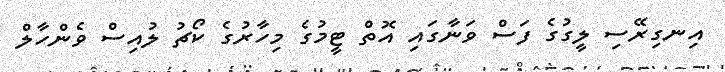
އިނގިރޭސި ލީގުގެ ފަސް ވަނާގައި އޮތް ޓީމުގެ މިހާރުގެ ކޯޗު ލުއިސް ވެންހާލް